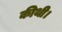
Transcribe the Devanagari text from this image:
कीथी।